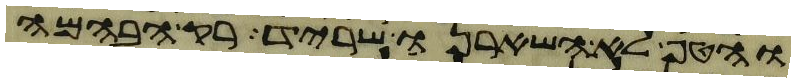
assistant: והטף לא השאירנו שריד רק הבהמה